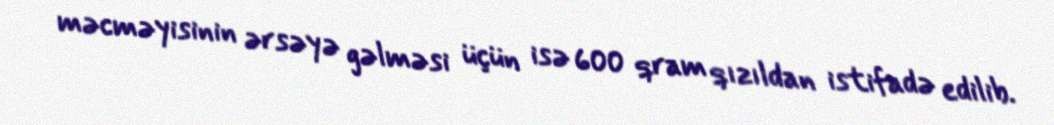
məcməyisinin ərsəyə gəlməsi üçün isə 600 qram qızıldan istifadə edilib.